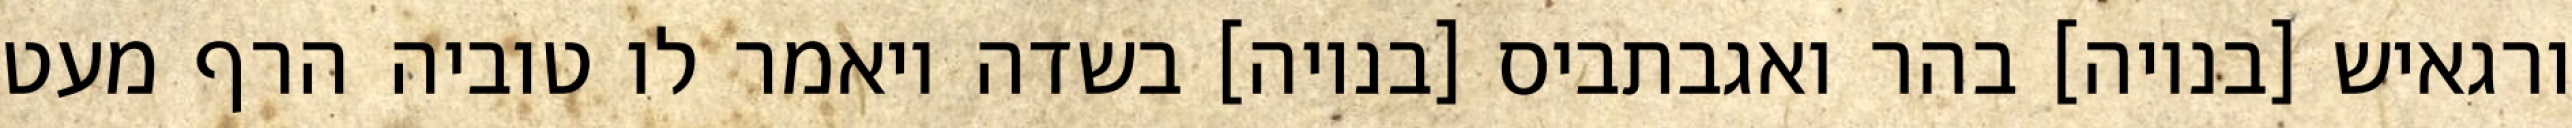
ורגאיש [בנויה] בהר ואגבתביס [בנויה] בשדה ויאמר לו טוביה הרף מעט